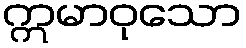
ဣမာဝုသော